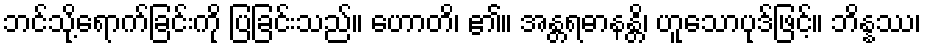
ဘင်သို့ရောက်ခြင်းကို ပြခြင်းသည်။ ဟောတိ၊ ၏။ အန္တရဓာနန္တိ၊ ဟူသောပုဒ်ဖြင့်။ ဘိန္နဿ၊